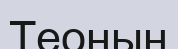
Теоның